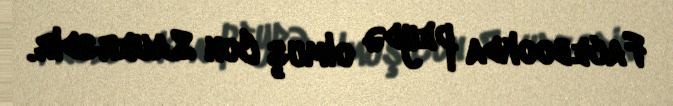
Facebookda peydə olmuş Con Sauersdir.